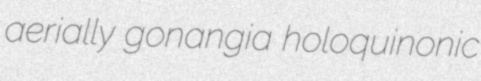
aerially gonangia holoquinonic